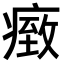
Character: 𤸓